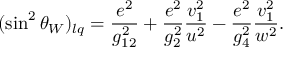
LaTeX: ( \sin ^ { 2 } \theta _ { W } ) _ { l q } = { \frac { e ^ { 2 } } { g _ { 1 2 } ^ { 2 } } } + { \frac { e ^ { 2 } } { g _ { 2 } ^ { 2 } } } { \frac { v _ { 1 } ^ { 2 } } { u ^ { 2 } } } - { \frac { e ^ { 2 } } { g _ { 4 } ^ { 2 } } } { \frac { v _ { 1 } ^ { 2 } } { w ^ { 2 } } } .